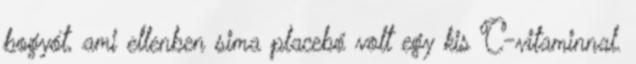
bogyót, ami ellenben sima placebó volt egy kis C-vitaminnal.